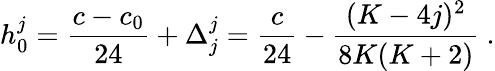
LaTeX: h_{0}^{j}={\frac{c-c_{0}}{24}}+\Delta_{j}^{j}={\frac{c}{24}}-{\frac{(K-4j)^{2}}{8K(K+2)}}{}~.